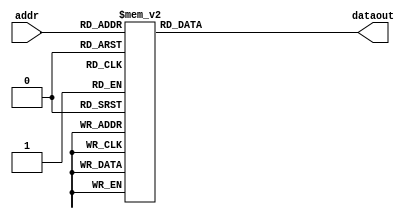
// Operation code (please add operaions)
`define NOP    5'b00000
`define HALT   5'b00001
`define LOAD   5'b00010
`define STORE  5'b00011
`define LDIH   5'b10000
`define ADD    5'b01000
`define ADDC   5'b01001
`define ADDI   5'b10001
`define SUB    5'b01010
`define SUBC   5'b01011
`define SUBI   5'b10010
`define CMP    5'b01100
`define AND    5'b01101
`define OR     5'b01110
`define XOR    5'b01111
`define SLL    5'b00100
`define SRL    5'b00101
`define SLA    5'b00110
`define SRA    5'b00111
`define JUMP   5'b11000
`define JMPR   5'b11001
`define BC     5'b11010
`define BNC    5'b11011
`define BZ     5'b11100
`define BNZ    5'b11101
`define BN     5'b11110
`define BNN    5'b11111

// General register
`define gr0 3'b000
`define gr1 3'b001
`define gr2 3'b010
`define gr3 3'b011
`define gr4 3'b100
`define gr5 3'b101
`define gr6 3'b110
`define gr7 3'b111


module inst_mem(addr, dataout);

input [7:0] addr;
output [15:0] dataout;
reg [15:0] dataout;

always@(addr) begin
    case (addr)
     8'h00: dataout <= {`LOAD, `gr1, 1'b0, `gr0, 4'b0001};  //GCM
     8'h01: dataout <= {`LOAD, `gr2, 1'b0, `gr0, 4'b0010};
     8'h02: dataout <= {`ADD, `gr3, 1'b0, `gr0, 1'b0, `gr1};
     8'h03: dataout <= {`SUB, `gr1, 1'b0, `gr1, 1'b0, `gr2};
     8'h04: dataout <= {`BZ, `gr0, 8'h9};
     8'h05: dataout <= {`BNN, `gr0, 8'h2};
     8'h06: dataout <= {`ADD, `gr1, 1'b0, `gr0, 1'b0, `gr2}; 
     8'h07: dataout <= {`ADD, `gr2, 1'b0, `gr0, 1'b0, `gr3};
     8'h08: dataout <= {`JUMP, 11'h2};
     8'h09: dataout <= {`NOP, 11'd0};
     8'h0a: dataout <= {`NOP, 11'd0};
     8'h0b: dataout <= {`NOP, 11'd0};
     8'h0c: dataout <= {`STORE, `gr2, 1'b0, `gr0, 4'b0011};
     8'h0d: dataout <= {`LOAD, `gr1, 1'b0, `gr0, 4'b0001};  //LCM
     8'h0e: dataout <= {`LOAD, `gr2, 1'b0, `gr0, 4'b0010};
     8'h0f: dataout <= {`ADDI, `gr4, 8'h1};
     8'h10: dataout <= {`SUB, `gr2, 1'b0, `gr2, 1'b0, `gr3};  
     8'h11: dataout <= {`BZ, `gr0, 8'h13};
     8'h12: dataout <= {`JUMP, 11'hf}; 
     8'h13: dataout <= {`SUBI, `gr4, 8'h1};
     8'h14: dataout <= {`BN, `gr0, 8'h17}; 
     8'h15: dataout <= {`ADD, `gr5, 1'b0, `gr5, 1'b0, `gr1};
     8'h16: dataout <= {`JUMP, 11'h13};
     8'h17: dataout <= {`NOP, 11'd0};
     8'h18: dataout <= {`NOP, 11'd0};
     8'h19: dataout <= {`NOP, 11'd0};
     8'h1a: dataout <= {`STORE, `gr5, 1'b0, `gr0, 4'd4};
     8'h1b: dataout <= {`HALT, 11'd0}; 
     8'h1c: dataout <= {`NOP, 11'd0}; 
     8'h1d: dataout <= {`NOP, 11'd0};
     8'h1e: dataout <= {`NOP, 11'd0}; 
     8'h1f: dataout <= {`NOP, 11'd0};
     8'h20: dataout <= {`NOP, 11'd0};
     8'h21: dataout <= {`NOP, 11'd0};
     8'h22: dataout <= {`NOP, 11'd0};
     8'h23: dataout <= {`NOP, 11'd0};
     8'h24: dataout <= {`NOP, 11'd0};
     8'h25: dataout <= {`NOP, 11'd0};
     8'h26: dataout <= {`NOP, 11'd0};
     8'h27: dataout <= {`NOP, 11'd0};
     8'h28: dataout <= {`NOP, 11'd0};
     8'h29: dataout <= {`NOP, 11'd0};
     8'h2a: dataout <= {`NOP, 11'd0};
     8'h2b: dataout <= {`NOP, 11'd0};
     8'h2c: dataout <= {`NOP, 11'd0};
     8'h2d: dataout <= {`NOP, 11'd0};
     8'h2e: dataout <= {`NOP, 11'd0};
     8'h2f: dataout <= {`NOP, 11'd0};
     8'h30: dataout <= {`NOP, 11'd0};
     8'h31: dataout <= {`NOP, 11'd0};
     8'h32: dataout <= {`NOP, 11'd0};
     8'h33: dataout <= {`NOP, 11'd0};
     8'h34: dataout <= {`NOP, 11'd0};
     8'h35: dataout <= {`NOP, 11'd0};
     8'h36: dataout <= {`NOP, 11'd0};
     8'h37: dataout <= {`NOP, 11'd0};
     8'h38: dataout <= {`NOP, 11'd0};
     8'h39: dataout <= {`NOP, 11'd0};
     8'h3a: dataout <= {`NOP, 11'd0};
     8'h3b: dataout <= {`NOP, 11'd0};
     8'h3c: dataout <= {`NOP, 11'd0};
     8'h3d: dataout <= {`NOP, 11'd0};
     8'h3e: dataout <= {`NOP, 11'd0};
     8'h3f: dataout <= {`NOP, 11'd0};
     8'h40: dataout <= {`NOP, 11'd0};
     8'h41: dataout <= {`NOP, 11'd0};
     8'h42: dataout <= {`NOP, 11'd0};
     8'h43: dataout <= {`NOP, 11'd0};
     8'h44: dataout <= {`NOP, 11'd0};
     8'h45: dataout <= {`NOP, 11'd0};
     8'h46: dataout <= {`NOP, 11'd0};
     8'h47: dataout <= {`NOP, 11'd0};
     8'h48: dataout <= {`NOP, 11'd0};
     8'h49: dataout <= {`NOP, 11'd0};
     8'h4a: dataout <= {`NOP, 11'd0};
     8'h4b: dataout <= {`NOP, 11'd0};
     8'h4c: dataout <= {`NOP, 11'd0};
     8'h4d: dataout <= {`NOP, 11'd0};
     8'h4e: dataout <= {`NOP, 11'd0};
     8'h4f: dataout <= {`NOP, 11'd0};
     8'h50: dataout <= {`NOP, 11'd0};
     8'h51: dataout <= {`NOP, 11'd0};
     8'h52: dataout <= {`NOP, 11'd0};
     8'h53: dataout <= {`NOP, 11'd0};
     8'h54: dataout <= {`NOP, 11'd0};
     8'h55: dataout <= {`NOP, 11'd0};
     8'h56: dataout <= {`NOP, 11'd0};
     8'h57: dataout <= {`NOP, 11'd0};
     8'h58: dataout <= {`NOP, 11'd0};
     8'h59: dataout <= {`NOP, 11'd0};
     8'h5a: dataout <= {`NOP, 11'd0};
     8'h5b: dataout <= {`NOP, 11'd0};
     8'h5c: dataout <= {`NOP, 11'd0};
     8'h5d: dataout <= {`NOP, 11'd0};
     8'h5e: dataout <= {`NOP, 11'd0};
     8'h5f: dataout <= {`NOP, 11'd0};
     8'h60: dataout <= {`NOP, 11'd0};
     8'h61: dataout <= {`NOP, 11'd0};
     8'h62: dataout <= {`NOP, 11'd0};
     8'h63: dataout <= {`NOP, 11'd0};
     8'h64: dataout <= {`NOP, 11'd0};
     8'h65: dataout <= {`NOP, 11'd0};
     8'h66: dataout <= {`NOP, 11'd0};
     8'h67: dataout <= {`NOP, 11'd0};
     8'h68: dataout <= {`NOP, 11'd0};
     8'h69: dataout <= {`NOP, 11'd0};
     8'h6a: dataout <= {`NOP, 11'd0};
     8'h6b: dataout <= {`NOP, 11'd0};
     8'h6c: dataout <= {`NOP, 11'd0};
     8'h6d: dataout <= {`NOP, 11'd0};
     8'h6e: dataout <= {`NOP, 11'd0};
     8'h6f: dataout <= {`NOP, 11'd0};
     8'h70: dataout <= {`NOP, 11'd0};
     8'h71: dataout <= {`NOP, 11'd0};
     8'h72: dataout <= {`NOP, 11'd0};
     8'h73: dataout <= {`NOP, 11'd0};
     8'h74: dataout <= {`NOP, 11'd0};
     8'h75: dataout <= {`NOP, 11'd0};
     8'h76: dataout <= {`NOP, 11'd0};
     8'h77: dataout <= {`NOP, 11'd0};
     8'h78: dataout <= {`NOP, 11'd0};
     8'h79: dataout <= {`NOP, 11'd0};
     8'h7a: dataout <= {`NOP, 11'd0};
     8'h7b: dataout <= {`NOP, 11'd0};
     8'h7c: dataout <= {`NOP, 11'd0};
     8'h7d: dataout <= {`NOP, 11'd0};
     8'h7e: dataout <= {`NOP, 11'd0};
     8'h7f: dataout <= {`NOP, 11'd0};
     8'h80: dataout <= {`NOP, 11'd0}; 
     8'h81: dataout <= {`NOP, 11'd0};
     8'h82: dataout <= {`NOP, 11'd0};
     8'h83: dataout <= {`NOP, 11'd0};
     8'h84: dataout <= {`NOP, 11'd0};
     8'h85: dataout <= {`NOP, 11'd0};
     8'h86: dataout <= {`NOP, 11'd0};
     8'h87: dataout <= {`NOP, 11'd0};
     8'h88: dataout <= {`NOP, 11'd0};
     8'h89: dataout <= {`NOP, 11'd0};
     8'h8a: dataout <= {`NOP, 11'd0};
     8'h8b: dataout <= {`NOP, 11'd0};
     8'h8c: dataout <= {`NOP, 11'd0};
     8'h8d: dataout <= {`NOP, 11'd0};
     8'h8e: dataout <= {`NOP, 11'd0};
     8'h8f: dataout <= {`NOP, 11'd0};
     8'h90: dataout <= {`NOP, 11'd0};
     8'h91: dataout <= {`NOP, 11'd0};
     8'h92: dataout <= {`NOP, 11'd0}; 
     8'h93: dataout <= {`NOP, 11'd0};
     8'h94: dataout <= {`NOP, 11'd0};
     8'h95: dataout <= {`NOP, 11'd0};
     8'h96: dataout <= {`NOP, 11'd0};
     8'h97: dataout <= {`NOP, 11'd0};
     8'h98: dataout <= {`NOP, 11'd0};
     8'h99: dataout <= {`NOP, 11'd0};
     8'h9a: dataout <= {`NOP, 11'd0};
     8'h9b: dataout <= {`NOP, 11'd0};
     8'h9c: dataout <= {`NOP, 11'd0};
     8'h9d: dataout <= {`NOP, 11'd0};
     8'h9e: dataout <= {`NOP, 11'd0};
     8'h9f: dataout <= {`NOP, 11'd0};
     8'ha0: dataout <= {`NOP, 11'd0};
     8'ha1: dataout <= {`NOP, 11'd0};
     8'ha2: dataout <= {`NOP, 11'd0};
     8'ha3: dataout <= {`NOP, 11'd0};
     8'ha4: dataout <= {`NOP, 11'd0};
     8'ha5: dataout <= {`NOP, 11'd0};
     8'ha6: dataout <= {`NOP, 11'd0};
     8'ha7: dataout <= {`NOP, 11'd0};
     8'ha8: dataout <= {`NOP, 11'd0};
     8'ha9: dataout <= {`NOP, 11'd0};
     8'haa: dataout <= {`NOP, 11'd0};
     8'hab: dataout <= {`NOP, 11'd0};
     8'hac: dataout <= {`NOP, 11'd0};
     8'had: dataout <= {`NOP, 11'd0};
     8'hae: dataout <= {`NOP, 11'd0};
     8'haf: dataout <= {`NOP, 11'd0};
     8'hb0: dataout <= {`NOP, 11'd0};
     8'hb1: dataout <= {`NOP, 11'd0};
     8'hb2: dataout <= {`NOP, 11'd0};
     8'hb3: dataout <= {`NOP, 11'd0};
     8'hb4: dataout <= {`NOP, 11'd0};
     8'hb5: dataout <= {`NOP, 11'd0};
     8'hb6: dataout <= {`NOP, 11'd0};
     8'hb7: dataout <= {`NOP, 11'd0};
     8'hb8: dataout <= {`NOP, 11'd0};
     8'hb9: dataout <= {`NOP, 11'd0};
     8'hba: dataout <= {`NOP, 11'd0};
     8'hbb: dataout <= {`NOP, 11'd0};
     8'hbc: dataout <= {`NOP, 11'd0};
     8'hbd: dataout <= {`NOP, 11'd0};
     8'hbe: dataout <= {`NOP, 11'd0};
     8'hbf: dataout <= {`NOP, 11'd0};
     8'hc0: dataout <= {`NOP, 11'd0};
     8'hc1: dataout <= {`NOP, 11'd0};
     8'hc2: dataout <= {`NOP, 11'd0};
     8'hc3: dataout <= {`NOP, 11'd0};
     8'hc4: dataout <= {`NOP, 11'd0};
     8'hc5: dataout <= {`NOP, 11'd0};
     8'hc6: dataout <= {`NOP, 11'd0};
     8'hc7: dataout <= {`NOP, 11'd0};
     8'hc8: dataout <= {`NOP, 11'd0};
     8'hc9: dataout <= {`NOP, 11'd0};
     8'hca: dataout <= {`NOP, 11'd0};
     8'hcb: dataout <= {`NOP, 11'd0};
     8'hcc: dataout <= {`NOP, 11'd0};
     8'hcd: dataout <= {`NOP, 11'd0};
     8'hce: dataout <= {`NOP, 11'd0};
     8'hcf: dataout <= {`NOP, 11'd0};
     8'hd0: dataout <= {`NOP, 11'd0};
     8'hd1: dataout <= {`NOP, 11'd0};
     8'hd2: dataout <= {`NOP, 11'd0};
     8'hd3: dataout <= {`NOP, 11'd0};
     8'hd4: dataout <= {`NOP, 11'd0};
     8'hd5: dataout <= {`NOP, 11'd0};
     8'hd6: dataout <= {`NOP, 11'd0};
     8'hd7: dataout <= {`NOP, 11'd0};
     8'hd8: dataout <= {`NOP, 11'd0};
     8'hd9: dataout <= {`NOP, 11'd0};
     8'hda: dataout <= {`NOP, 11'd0};
     8'hdb: dataout <= {`NOP, 11'd0};
     8'hdc: dataout <= {`NOP, 11'd0};
     8'hdd: dataout <= {`NOP, 11'd0};
     8'hde: dataout <= {`NOP, 11'd0};
     8'hdf: dataout <= {`NOP, 11'd0};
     8'he0: dataout <= {`NOP, 11'd0};
     8'he1: dataout <= {`NOP, 11'd0};
     8'he2: dataout <= {`NOP, 11'd0};
     8'he3: dataout <= {`NOP, 11'd0};
     8'he4: dataout <= {`NOP, 11'd0};
     8'he5: dataout <= {`NOP, 11'd0};
     8'he6: dataout <= {`NOP, 11'd0};
     8'he7: dataout <= {`NOP, 11'd0};
     8'he8: dataout <= {`NOP, 11'd0};
     8'he9: dataout <= {`NOP, 11'd0};
     8'hea: dataout <= {`NOP, 11'd0};
     8'heb: dataout <= {`NOP, 11'd0};
     8'hec: dataout <= {`NOP, 11'd0};
     8'hed: dataout <= {`NOP, 11'd0};
     8'hee: dataout <= {`NOP, 11'd0};
     8'hef: dataout <= {`NOP, 11'd0};
     8'hf0: dataout <= {`NOP, 11'd0};
     8'hf1: dataout <= {`NOP, 11'd0};
     8'hf2: dataout <= {`NOP, 11'd0};
     8'hf3: dataout <= {`NOP, 11'd0};
     8'hf4: dataout <= {`NOP, 11'd0};
     8'hf5: dataout <= {`NOP, 11'd0};
     8'hf6: dataout <= {`NOP, 11'd0};
     8'hf7: dataout <= {`NOP, 11'd0};
     8'hf8: dataout <= {`NOP, 11'd0};
     8'hf9: dataout <= {`NOP, 11'd0};
     8'hfa: dataout <= {`NOP, 11'd0};
     8'hfb: dataout <= {`NOP, 11'd0};
     8'hfc: dataout <= {`NOP, 11'd0};
     8'hfd: dataout <= {`NOP, 11'd0};
     8'hfe: dataout <= {`NOP, 11'd0};
     8'hff: dataout <= {`NOP, 11'd0};
   default: dataout <= 15'hxxxx;
  endcase
end

    

endmodule